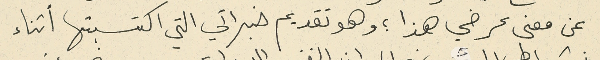
عن معنى عرضي هذا ؛ وهو تقديم خبراتي التي اكتسبتها أثناء